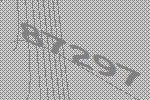
87297